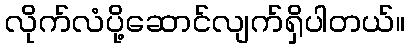
လိုက်လံပို့ဆောင်လျက်ရှိပါတယ်။